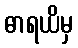
ဓာရယိမှ